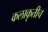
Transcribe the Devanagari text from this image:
कलाकृतीच